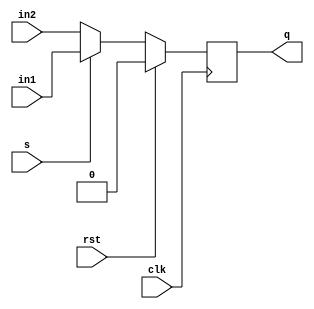
`timescale 1ns / 1ps
//////////////////////////////////////////////////////////////////////////////////
// Company: 
// Engineer: 
// 
// Design Name: 
// Module Name: d_with_mux
// Project Name: 
// Target Devices: 
// Tool Versions: 
// Description: 
// 
// Dependencies: 
// 
// Revision:
// Revision 0.01 - File Created
// Additional Comments:
// 
//////////////////////////////////////////////////////////////////////////////////


module d_with_mux(q,in1,in2,s,rst,clk);
output reg q;
input in1,in2,s;
input rst,clk;
wire in;
assign in=s?in1:in2;
always@(posedge clk)
if(rst)
 q<=1'b0;
 else
 q<=in;
endmodule